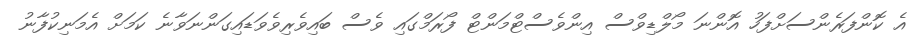
އެ ކޮންފަރެންސަށްފަހު އޮންނަ މޯލްޑިވްސް އިންވެސްޓްމަންޓް ފޯރަމްގައި ވެސް ބައިވެރިވެވަޑައިގަންނަވާނެ ކަމަށް އެމަނިކުފާނު